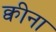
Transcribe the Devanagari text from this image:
क्वीना